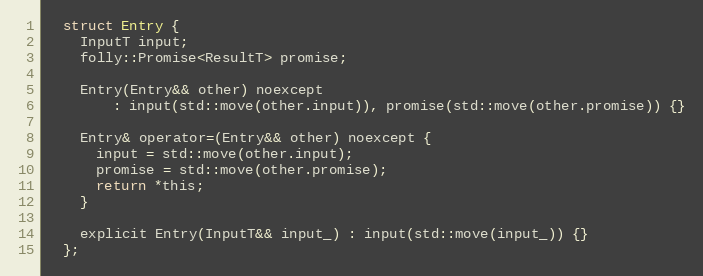
Language: C
  struct Entry {
    InputT input;
    folly::Promise<ResultT> promise;

    Entry(Entry&& other) noexcept
        : input(std::move(other.input)), promise(std::move(other.promise)) {}

    Entry& operator=(Entry&& other) noexcept {
      input = std::move(other.input);
      promise = std::move(other.promise);
      return *this;
    }

    explicit Entry(InputT&& input_) : input(std::move(input_)) {}
  };